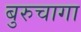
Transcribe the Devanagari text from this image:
बुरुचागा